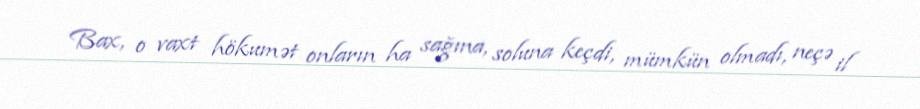
Bax, o vaxt hökumət onların ha sağına, soluna keçdi, mümkün olmadı, neçə il